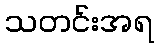
သတင်းအရ